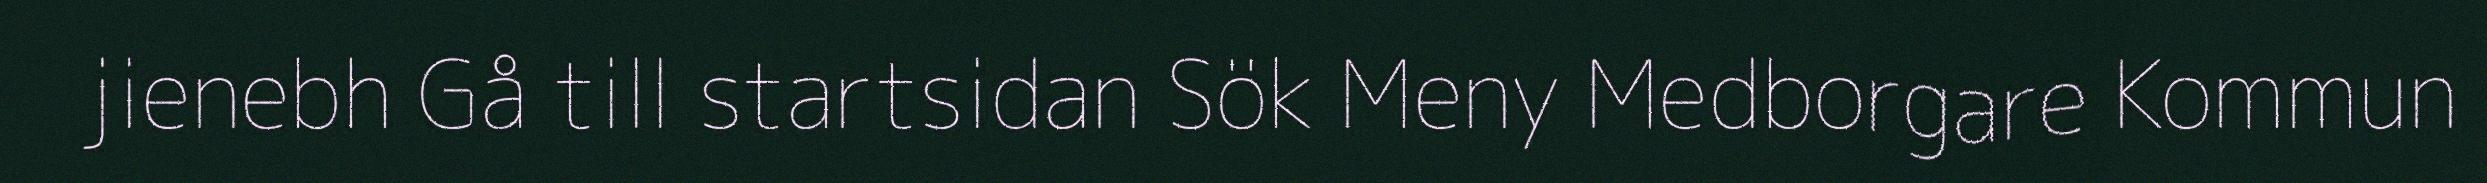
jienebh Gå till startsidan Sök Meny Medborgare Kommun